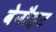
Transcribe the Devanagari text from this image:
बेनौइट